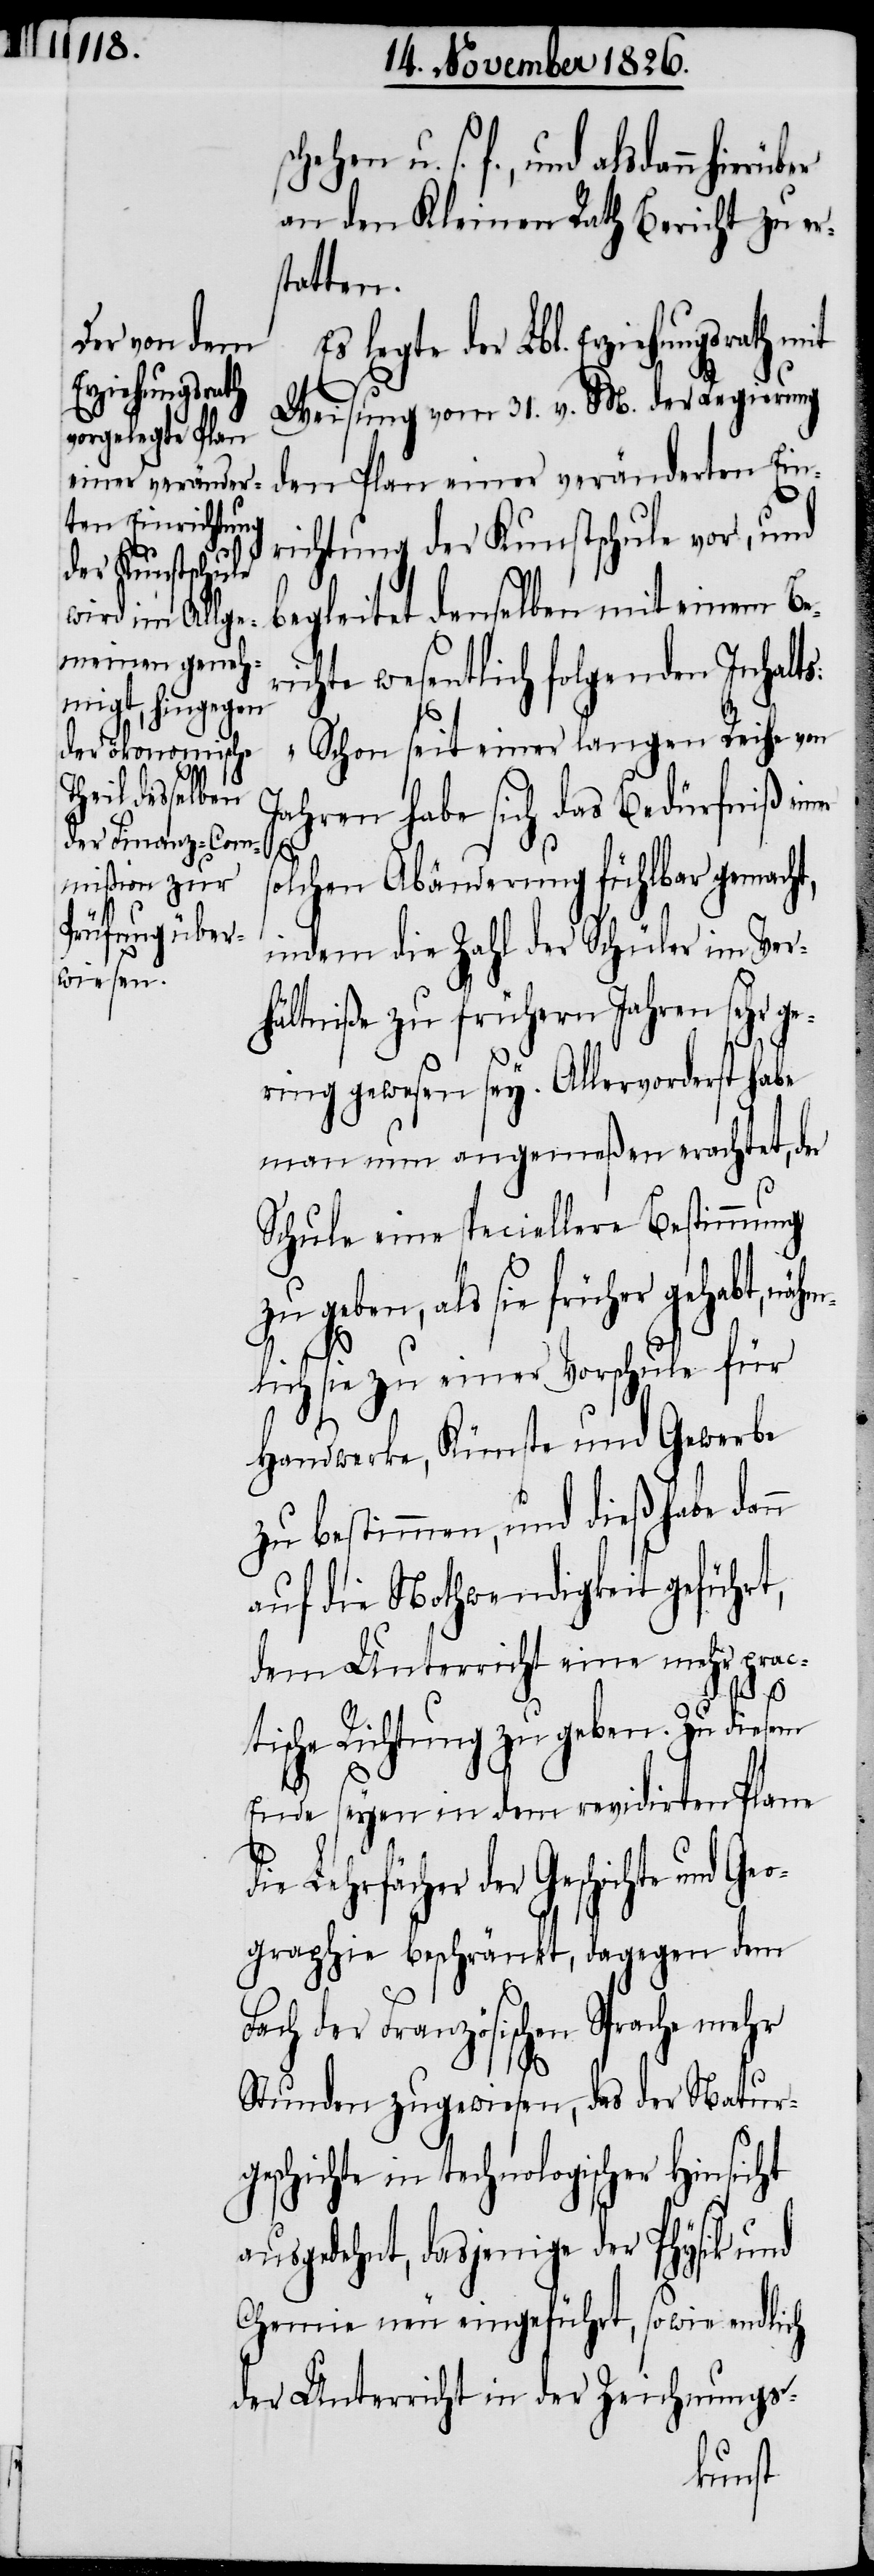
und als dann hierüber
an den Kleinen Rath Bericht zu er¬
statten.
legte der Lbl. Erziehungsrath
Weisung vom 31. v. M. der Regierung
den Plan einer veränderten Ein¬
richtung der Kunstschule vor, und
begleitet denselben mit einem Be¬
ichte wesentlich folgenden Inhalts:
„Schon seit einer langen Reihe von
Jahren habe sich das Bedürfniß ein¬
F¬
solchen Abänderung fühlbar gemach¬
indem die Zahl der Schüler im Ver¬
hältniße zu frühern Jahren sehr g¬
ering gewesen sey. Allervorderst habe
man nun angemeßen erachtet, der
Schule eine speciellere Bestimmung
geschichte in
lich sie zu einer Vorschule für
Handwerke, Künste und Gewerbe
zu bestimmen, und dieß habe dann
auf die Nothwendigkeit geführt,
dem Unterricht eine mehr prac¬
tische Richtung zu geben. Zu diesem
Ende seyen in dem revidirten Plane
Lehrfächer der Geschichte
graphie beschränkt, dagegen dem
ach der Französischen Sprache
Stunden zugewiesen, das der Natur¬
technologischer Hinsicht
ausgedehnt, dasjenige der Physik und
Chemie neu eingeführt, sowie endlich
der Unterricht in der Zeichnungs-
nähm¬